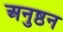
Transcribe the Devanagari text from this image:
अनुष्ठन